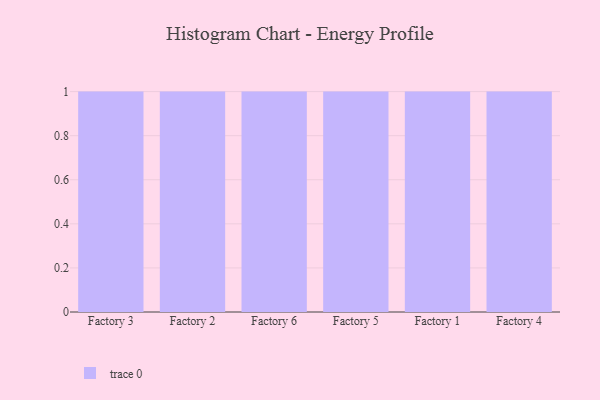
{"axis": {"x": "Factory", "y": "Humidity (%)"}, "legend": [""], "data": [{"x": "Factory 3", "y": 50, "type": ""}, {"x": "Factory 2", "y": 96, "type": ""}, {"x": "Factory 6", "y": 72, "type": ""}, {"x": "Factory 5", "y": 53, "type": ""}, {"x": "Factory 1", "y": 58, "type": ""}, {"x": "Factory 4", "y": 79, "type": ""}]}